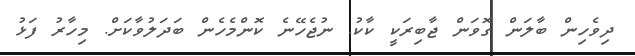
ދިވެހިން ބާލަން ގޮވަން ޖާބިރަކީ ކާކު. ނުޖެހޭނެ ކޮންމެހެން ބަދަލުވާކަށް. މިހާރު ފަޅު